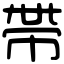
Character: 帶